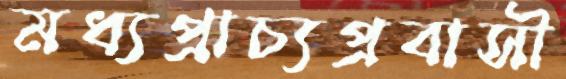
মধ্যপ্রাচ্যপ্রবাসী